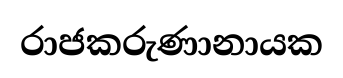
රාජකරුණානායක